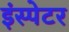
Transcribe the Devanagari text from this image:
इंस्पेटर